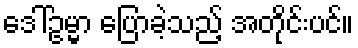
ဒေါ်ဥမ္မာ ပြောခဲ့သည့် အတိုင်းပင်။